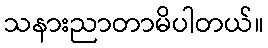
သနားညာတာမိပါတယ်။